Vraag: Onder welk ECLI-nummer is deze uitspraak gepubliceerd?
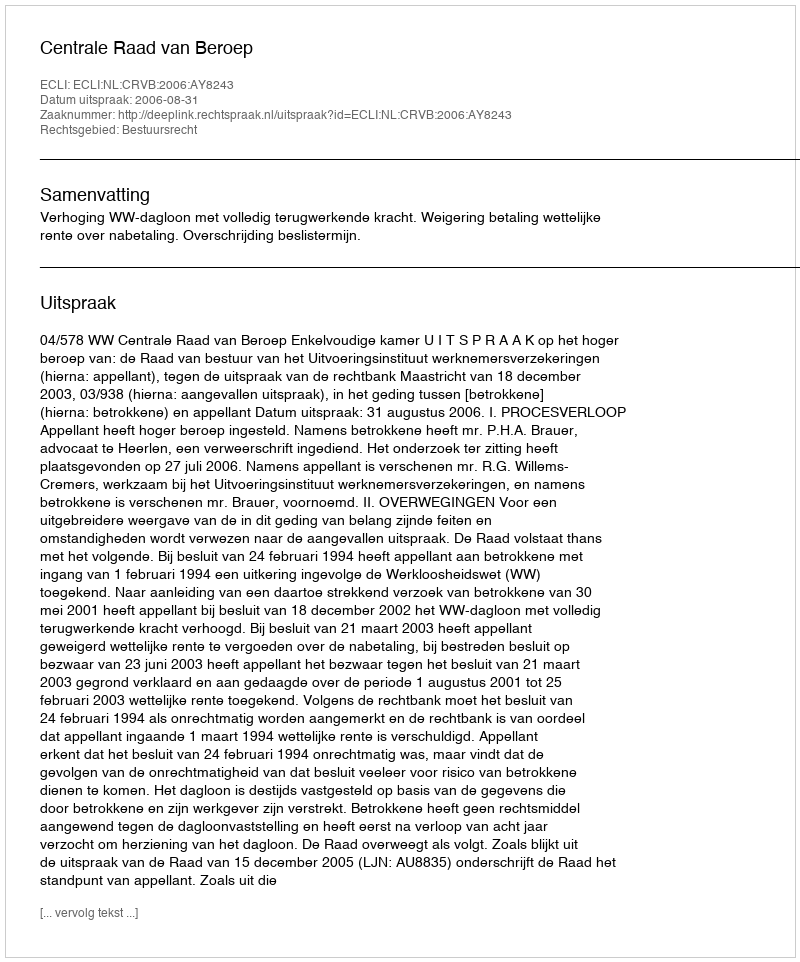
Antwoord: ECLI:NL:CRVB:2006:AY8243